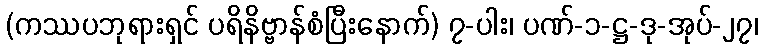
(ကဿပဘုရားရှင် ပရိနိဗ္ဗာန်စံပြီးနောက်) ၇-ပါး၊ ပဏ်-၁-ဋ္ဌ-ဒု-အုပ်-၂၇၊